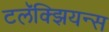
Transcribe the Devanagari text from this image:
टलॅक्झियन्स